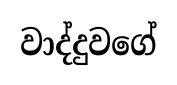
වාද්දුවගේ